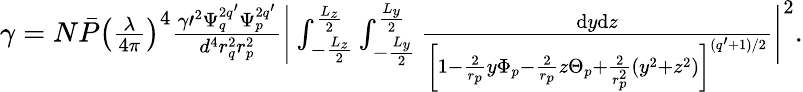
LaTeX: \begin{array}{r}{\gamma=N\bar{P}\left(\frac{\lambda}{4\pi}\right)^{4}\frac{\gamma\prime^{2}\Psi_{q}^{2q^{\prime}}\Psi_{p}^{2q^{\prime}}}{d^{4}r_{q}^{2}r_{p}^{2}}\bigg|\int_{-\frac{L_{z}}2}^{\frac{L_{z}}2}\int_{-\frac{L_{y}}2}^{\frac{L_{y}}2}\frac{\mathrm{d}y\mathrm{d}z}{\left[1-\frac 2{r_{p}}y\Phi_{p}-\frac 2{r_{p}}z\Theta_{p}+\frac 2{r_{p}^{2}}(y^{2}+z^{2})\right]^{(q^{\prime}+1)/2}}\bigg|^{2}.}\end{array}